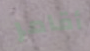
أقامر